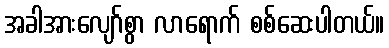
အခါအားလျော်စွာ လာရောက် စစ်ဆေးပါတယ်။